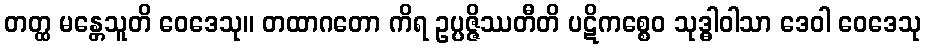
တတ္ထ မန္တေသူတိ ဝေဒေသု။ တထာဂတော ကိရ ဥပ္ပဇ္ဇိဿတီတိ ပဋိကစ္စေဝ သုဒ္ဓါဝါသာ ဒေဝါ ဝေဒေသု